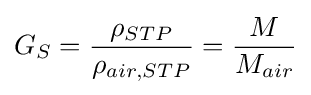
G_{S}={\frac {\rho _{STP}}{\rho _{air,STP}}}={\frac {M}{M_{air}}}